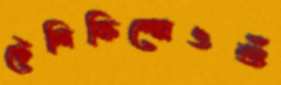
টেলিফিল্মেওশুঁ